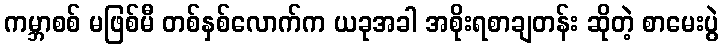
ကမ္ဘာစစ် မဖြစ်မီ တစ်နှစ်လောက်က ယခုအခါ အစိုးရစာချတန်း ဆိုတဲ့ စာမေးပွဲ